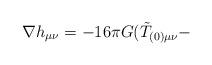
LaTeX: \begin{align*}\nabla h_{\mu\nu} =-16 \pi G (\tilde T_{(0)\mu \nu} -\end{align*}